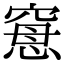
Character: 𥦾